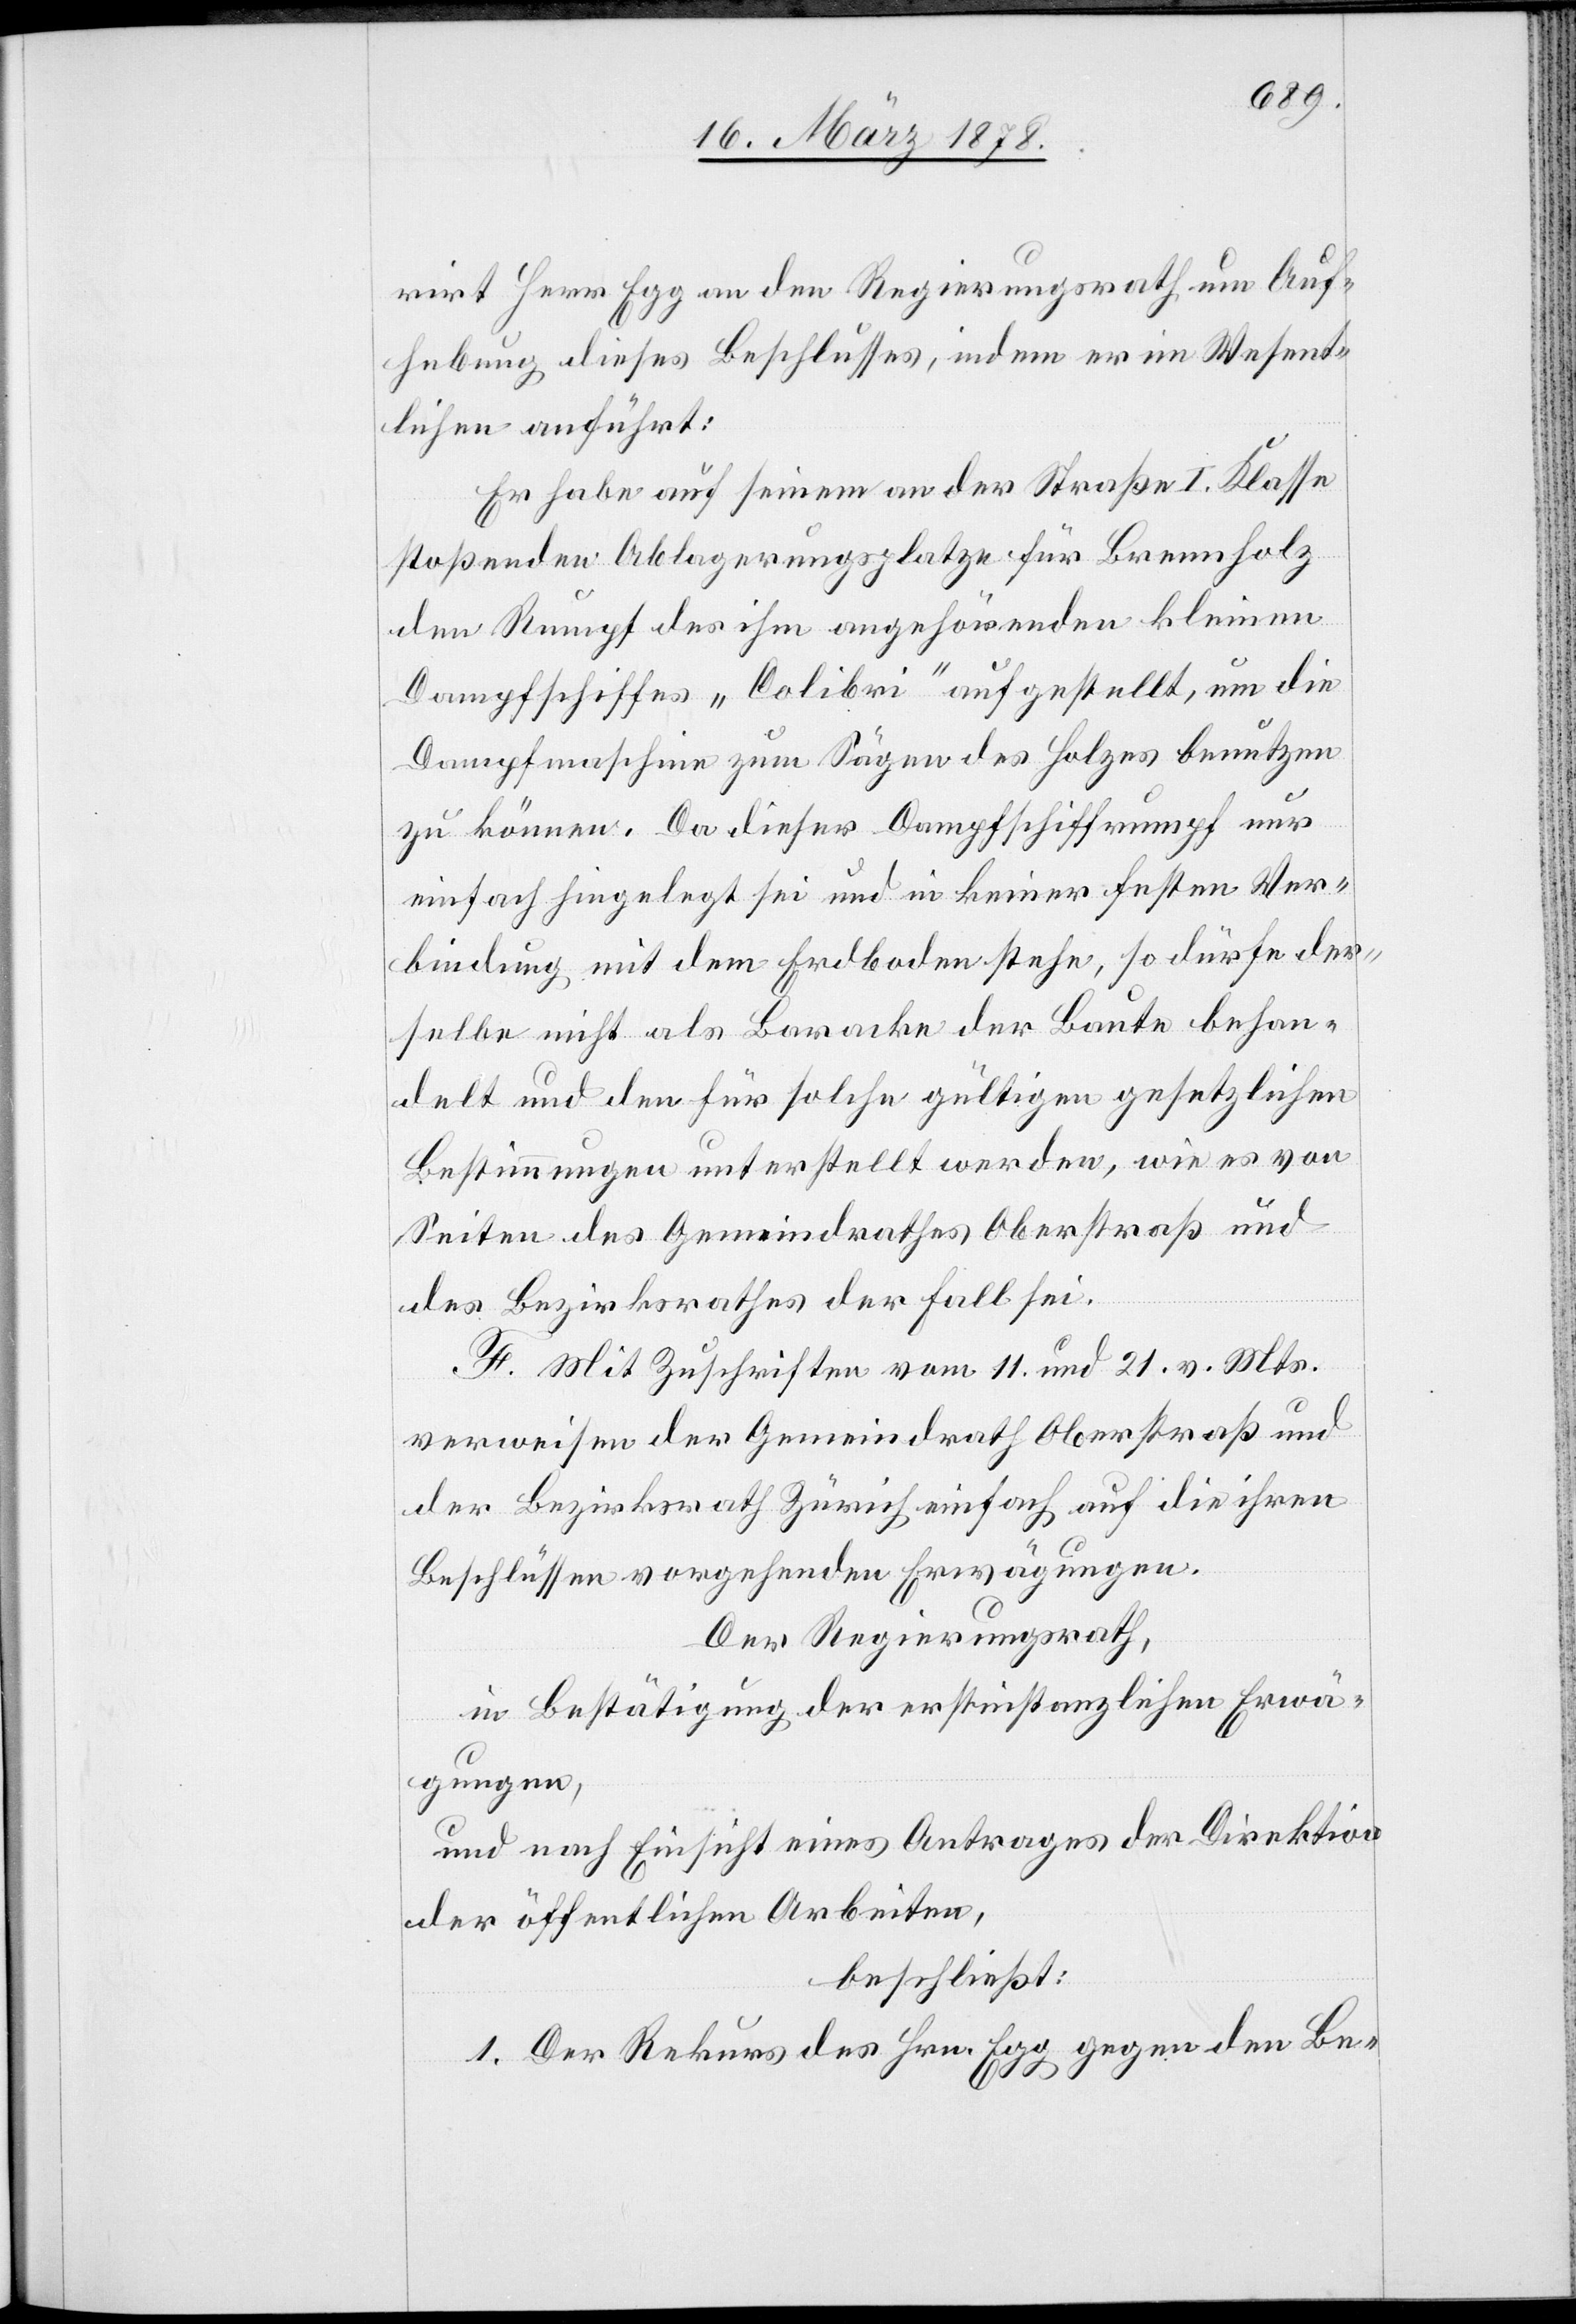
rirt Herr Egg an den Regierungsrath um Auf¬
hebung dieses Beschlusses, indem er im Wesent¬
lichen anführt:
Er habe auf seinem an der [recte: die] Straße I. Klasse
stoßenden Ablagerungsplatze für Brennholz
den Rumpf des ihm angehörenden kleinen
Dampfschiffes „Colibri“ aufgestellt, um die
Dampfmaschine zum Sägen des Holzes benutzen
zu können. Da dieser Dampfschiffrumpf nur
einfach hingelegt sei und in keiner festen Ver¬
bindung mit dem Erdboden stehe, so dürfe der¬
selbe nicht als Baracke der Baute behan¬
delt und den für solche gültigen gesetzlichen
Bestimmungen unterstellt werden, wie es von
Seiten des Gemeindrathes Oberstraß und
des Bezirksrathes der Fall sei.
F. Mit Zuschriften vom 11. und 21. v. Mts.
verweisen der Gemeindrath Oberstraß und
der Bezirksrath Zürich einfach auf die ihren
Beschlüssen vorgehenden Erwägungen.
Der Regierungsrath,
in Bestätigung der erstinstanzlichen Erwä¬
gungen,
und nach Einsicht eines Antrages der Direktion
der öffentlichen Arbeiten,
beschließt:
1. Der Rekurs des Hrn. Egg gegen den Be-